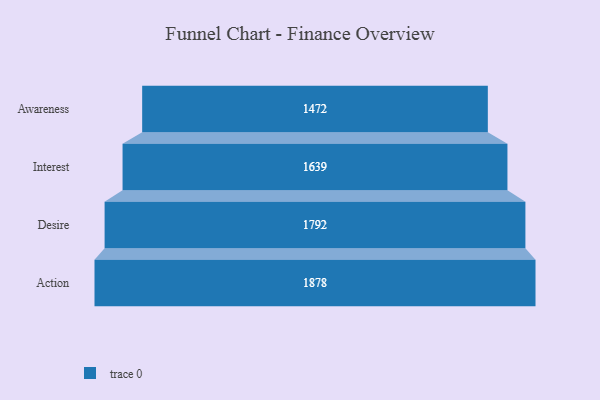
{"axis": {"x": "Stage", "y": "Value"}, "legend": [""], "data": [{"x": "Awareness", "y": 1472.0, "type": ""}, {"x": "Interest", "y": 1639.0, "type": ""}, {"x": "Desire", "y": 1792.0, "type": ""}, {"x": "Action", "y": 1878.0, "type": ""}]}